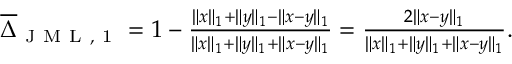
\begin{array} { r } { \overline { { \Delta } } _ { \mathrm { ~ J ~ M ~ L ~ , ~ 1 ~ } } = 1 - \frac { \| x \| _ { 1 } + \| y \| _ { 1 } - \| x - y \| _ { 1 } } { \| x \| _ { 1 } + \| y \| _ { 1 } + \| x - y \| _ { 1 } } = \frac { 2 \| x - y \| _ { 1 } } { \| x \| _ { 1 } + \| y \| _ { 1 } + \| x - y \| _ { 1 } } . } \end{array}